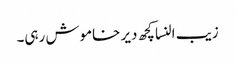
زیب النسا کچھ دیر خاموش رہی۔